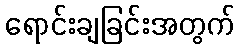
ရောင်းချခြင်းအတွက်